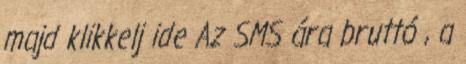
majd klikkelj ide Az SMS ára bruttó , a